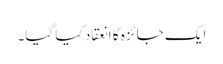
ایک جائزہ کا انعقاد کیا گیا۔